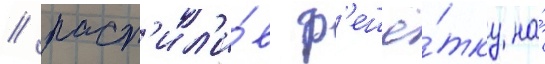
/ расп'ил'и́в р'ешё́тку на́